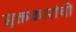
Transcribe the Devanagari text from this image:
सूक्तकारांची